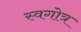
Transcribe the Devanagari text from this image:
स्वगोत्र